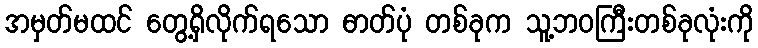
အမှတ်မထင် တွေ့ရှိလိုက်ရသော ဓာတ်ပုံ တစ်ခုက သူ့ဘဝကြီးတစ်ခုလုံးကို